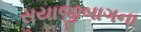
સયાજીબાગના